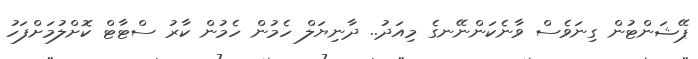
ޕޭޝަންޓުން ގިނަވެސް ވާނެކަންނޭނގެ މިއަދު.. ދާނިޔަލް ހެމުން ހެމުން ކާރު ސްޓާޓް ކޮށްލުމަށްފަހު